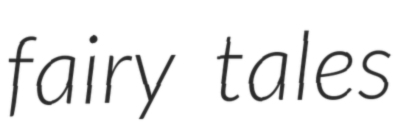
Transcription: fairy tales